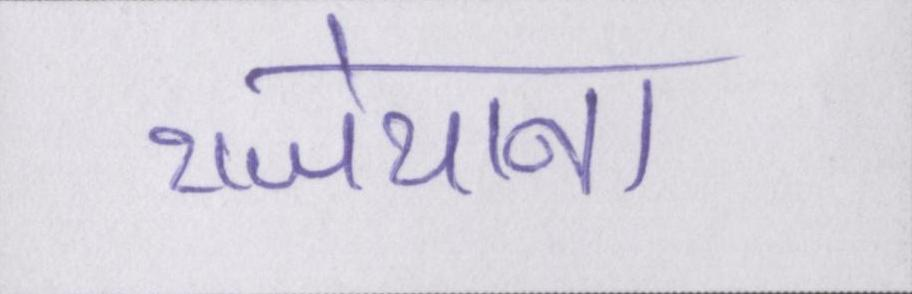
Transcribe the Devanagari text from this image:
राजेयाना